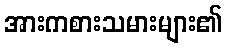
အားကစားသမားများ၏